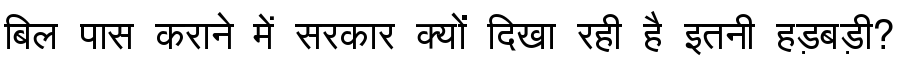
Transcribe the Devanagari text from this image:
बिल पास कराने में सरकार क्यों दिखा रही है इतनी हड़बड़ी?